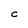
Character: C